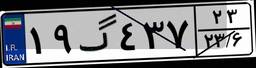
۱۹گ۴۳۷۲۳